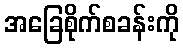
အခြေစိုက်စခန်းကို